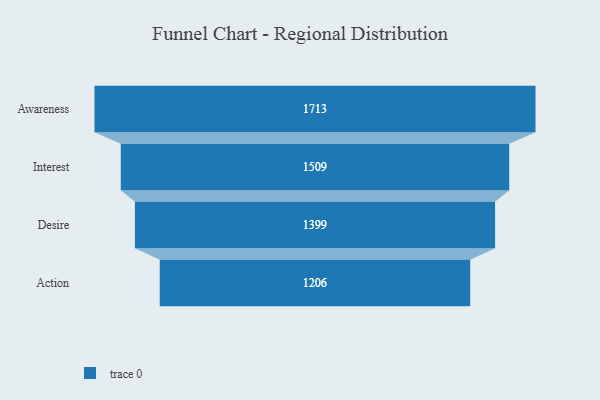
{"axis": {"x": "Stage", "y": "Value"}, "legend": [""], "data": [{"x": "Awareness", "y": 1713.0, "type": ""}, {"x": "Interest", "y": 1509.0, "type": ""}, {"x": "Desire", "y": 1399.0, "type": ""}, {"x": "Action", "y": 1206.0, "type": ""}]}